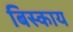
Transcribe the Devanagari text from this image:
बिस्काय